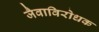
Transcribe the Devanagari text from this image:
जैवाविरोधक